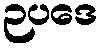
ဉပဒေ